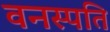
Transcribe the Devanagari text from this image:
वनस्‍पति